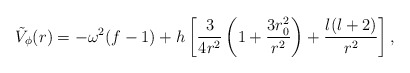
\begin{align*}\tilde V_\phi(r) = - \omega^2 (f -1) + h \left [ { 3 \over 4 r^2 } \left (1 + { 3 r_0^2 \over r^2} \right ) + { l(l+2) \over r^2 }\right ],\end{align*}